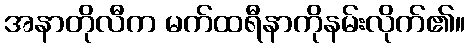
အနာတိုလီက မက်ထရီနာကိုနမ်းလိုက်၏။